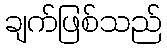
ချက်ဖြစ်သည်